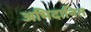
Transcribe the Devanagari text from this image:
अभिदानित